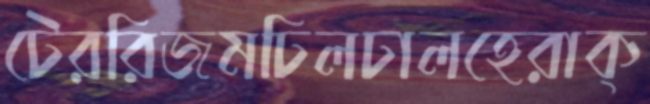
টেররিজমঢিলঢালহেরাক্